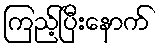
ကြည့်ပြီးနောက်